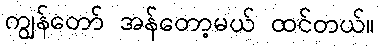
ကျွန်တော် အန်တော့မယ် ထင်တယ်။